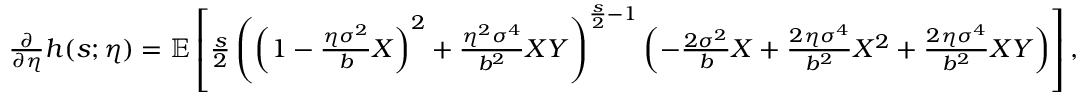
\begin{array} { r } { \frac { \partial } { \partial \eta } h ( s ; \eta ) = \mathbb { E } \left[ \frac { s } { 2 } \left( \left( 1 - \frac { \eta \sigma ^ { 2 } } { b } X \right) ^ { 2 } + \frac { \eta ^ { 2 } \sigma ^ { 4 } } { b ^ { 2 } } X Y \right) ^ { \frac { s } { 2 } - 1 } \left( - \frac { 2 \sigma ^ { 2 } } { b } X + \frac { 2 \eta \sigma ^ { 4 } } { b ^ { 2 } } X ^ { 2 } + \frac { 2 \eta \sigma ^ { 4 } } { b ^ { 2 } } X Y \right) \right] , } \end{array}